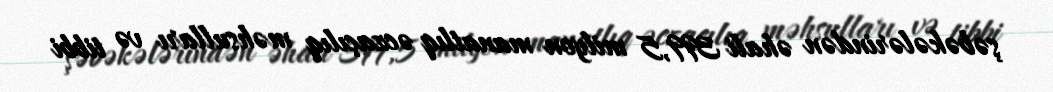
şəbəkələrindən əhali 399,5 milyon manatlıq əczaçılıq məhsulları və tibbi